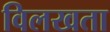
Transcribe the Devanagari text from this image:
विलखता